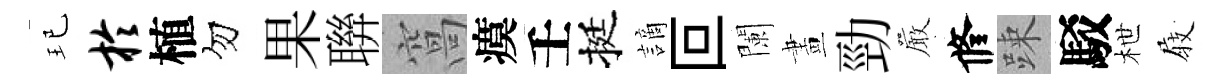
玘於植勿果聨窩瘼壬挺謫叵闌畫勁巖修踈駁枻𡲆